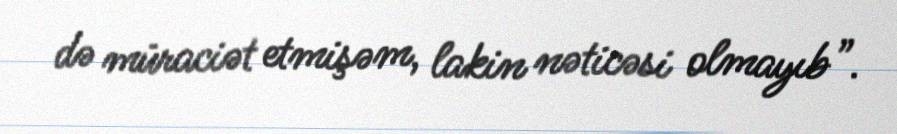
də müraciət etmişəm, lakin nəticəsi olmayıb”.